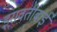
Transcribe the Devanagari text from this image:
इरावतीबाई